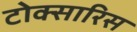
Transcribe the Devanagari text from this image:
टोक्सारिस